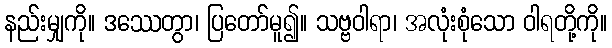
နည်းမျှကို။ ဒဿေတွာ၊ ပြတော်မူ၍။ သဗ္ဗဝါရာ၊ အလုံးစုံသော ဝါရတို့ကို။